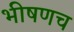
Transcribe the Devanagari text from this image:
भीषणच